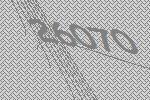
26070